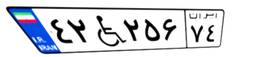
۴۲W۲۵۶۷۴